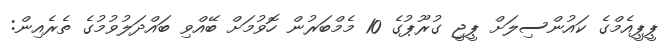
ޕީޕީއެމްގެ ކައުންސިލަށް ޕީޖީ ގުރޫޕުގެ 10 މެމްބަރުން ހޮވުމަށް ބޭއްވި ބައްދަލުވުމުގެ ތެރެއިން: